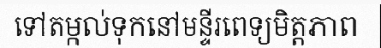
ទៅតម្កល់ទុកនៅមន្ទីរពេទ្យមិត្តភាព